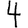
Digit: 4